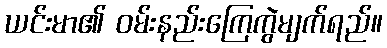
ယင်းမာ၏ ဝမ်းနည်းကြေကွဲမျက်ရည်။